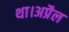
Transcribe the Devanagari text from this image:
था।अप्रैल